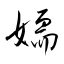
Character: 嬬